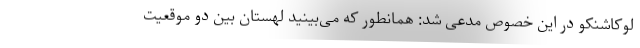
لوکاشنکو در این خصوص مدعی شد: همانطور که می‌بینید لهستان بین دو موقعیت